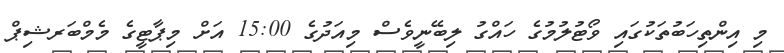
މި އިންތިހަބުތަކުގައި ވޯޓުލުމުގެ ހައްގު ލިބޭނީވެސް މިއަދުގެ 15:00 އަށް މިޕާޓީގެ މެމްބަރޝިޕް